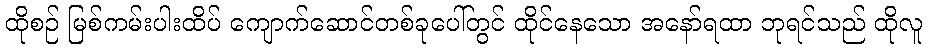
ထိုစဉ် မြစ်ကမ်းပါးထိပ် ကျောက်ဆောင်တစ်ခုပေါ်တွင် ထိုင်နေသော အနော်ရထာ ဘုရင်သည် ထိုလူ